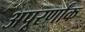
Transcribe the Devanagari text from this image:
अपूरर्णांक